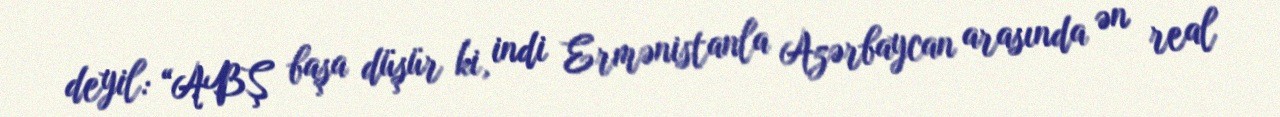
deyil: “ABŞ başa düşür ki, indi Ermənistanla Azərbaycan arasında ən real